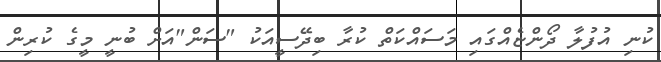
ކުނި އުފުލާ ދޯންޏެއްގައި މަސައްކަތް ކުރާ ބިދޭސީއަކު "ސަން"އަށް ބުނީ މީގެ ކުރިން